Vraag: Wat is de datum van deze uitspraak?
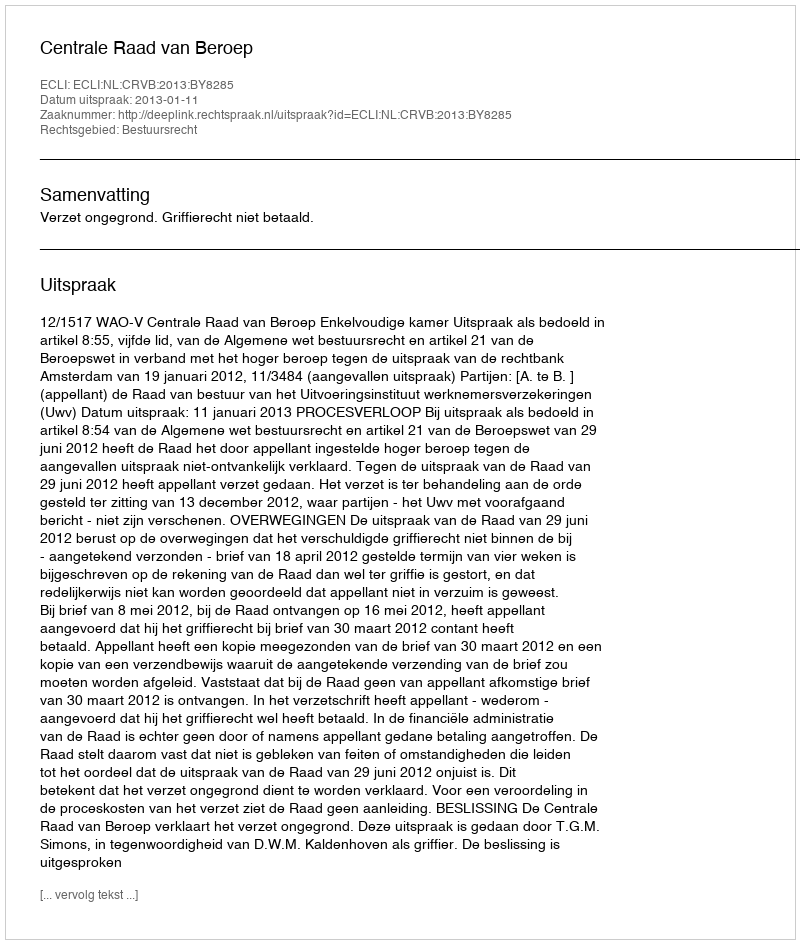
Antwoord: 2013-01-11